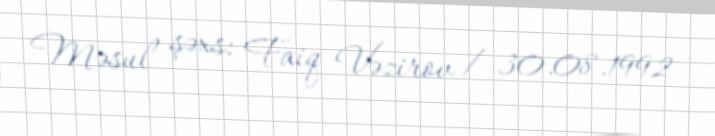
Məsul şəxs: Faiq Vəzirov / 30.08.1992